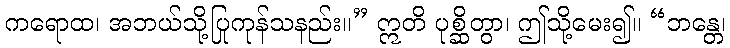
ကရောထ၊ အဘယ်သို့ပြုကုန်သနည်း။” ဣတိ ပုစ္ဆိတွာ၊ ဤသို့မေး၍။ “ဘန္တေ၊